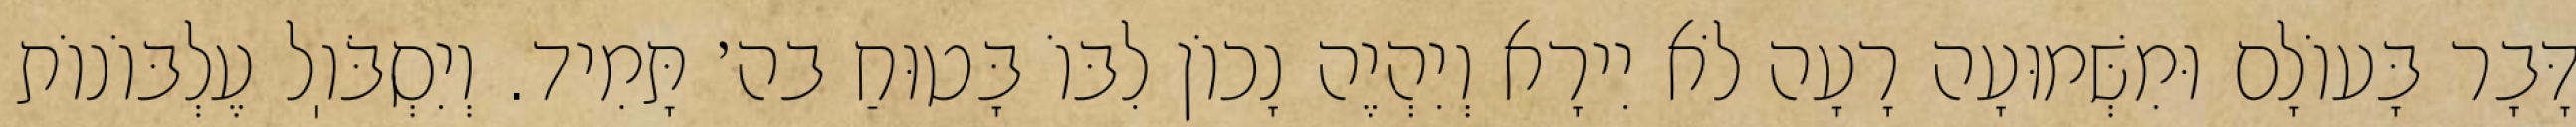
דָּבָר בָּעוֹלָם וּמִשְּׁמוּעָה רָעָה לֹא יִירָא וְיִהְיֶה נָכוֹן לִבּוֹ בָּטוּחַ בה׳ תָּמִיד. וְיִסְבֹּוֽל עֶלְבּוֹנוֹת